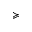
\succcurlyeq